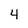
Character: 4